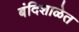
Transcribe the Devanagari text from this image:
बंदिशाळेत